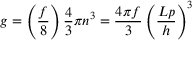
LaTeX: g = \left( { \frac { f } { 8 } } \right) { \frac { 4 } { 3 } } \pi n ^ { 3 } = { \frac { 4 \pi f } { 3 } } \left( { \frac { L p } { h } } \right) ^ { 3 }